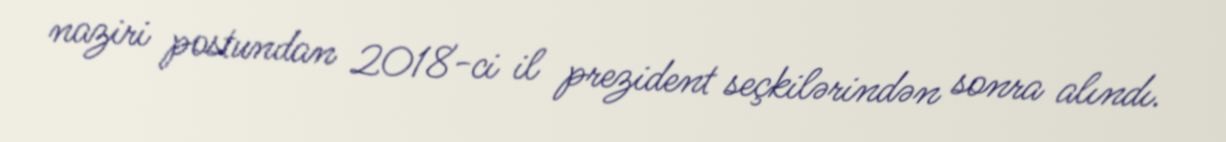
naziri postundan 2018-ci il prezident seçkilərindən sonra alındı.